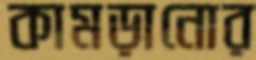
কামড়ানোর